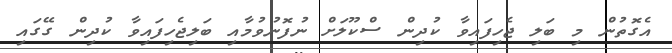
އެގޮތުން މި ބަލި ޖެހިފައިވާ ކުދިން ސްކޫލަށް ނުފޮނުވުމާއި ބަލިޖެހިފައިވާ ކުދިން ގޭގައި